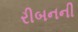
રીબનની